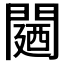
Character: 𮤛